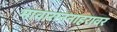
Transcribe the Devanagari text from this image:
मावाराननाहरावर